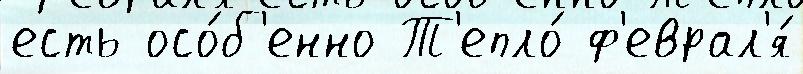
есть осо́б'енно Т'епло́ ф'еврал'я́